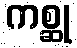
ကစ္ဆု